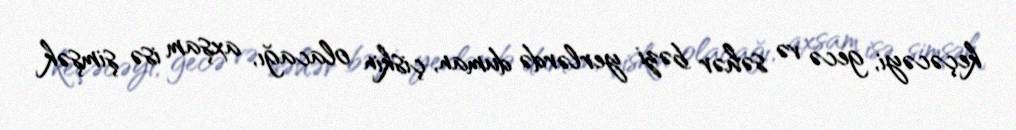
keçəcəyi, gecə və səhər bəzi yerlərdə duman, çiskin olacağı, axşam isə şimşək